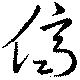
儕